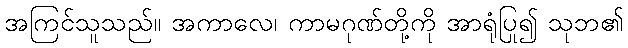
အကြင်သူသည်။ အကာလေ၊ ကာမဂုဏ်တို့ကို အာရုံပြု၍ သုဘ၏